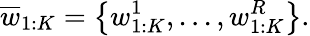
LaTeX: \overline{{w}}_{1:K}=\left\{ w_{1:K}^{1},...,w_{1:K}^{R}\right\} .